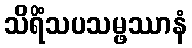
သိရိံသပသမ္ဖဿာနံ